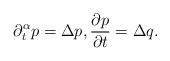
LaTeX: \begin{align*} \partial_{t}^{\alpha}p=\Delta p, \frac{\partial p}{\partial t}=\Delta q.\end{align*}